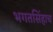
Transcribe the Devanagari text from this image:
भगतसिंहाच